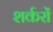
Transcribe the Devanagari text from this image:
शर्करों